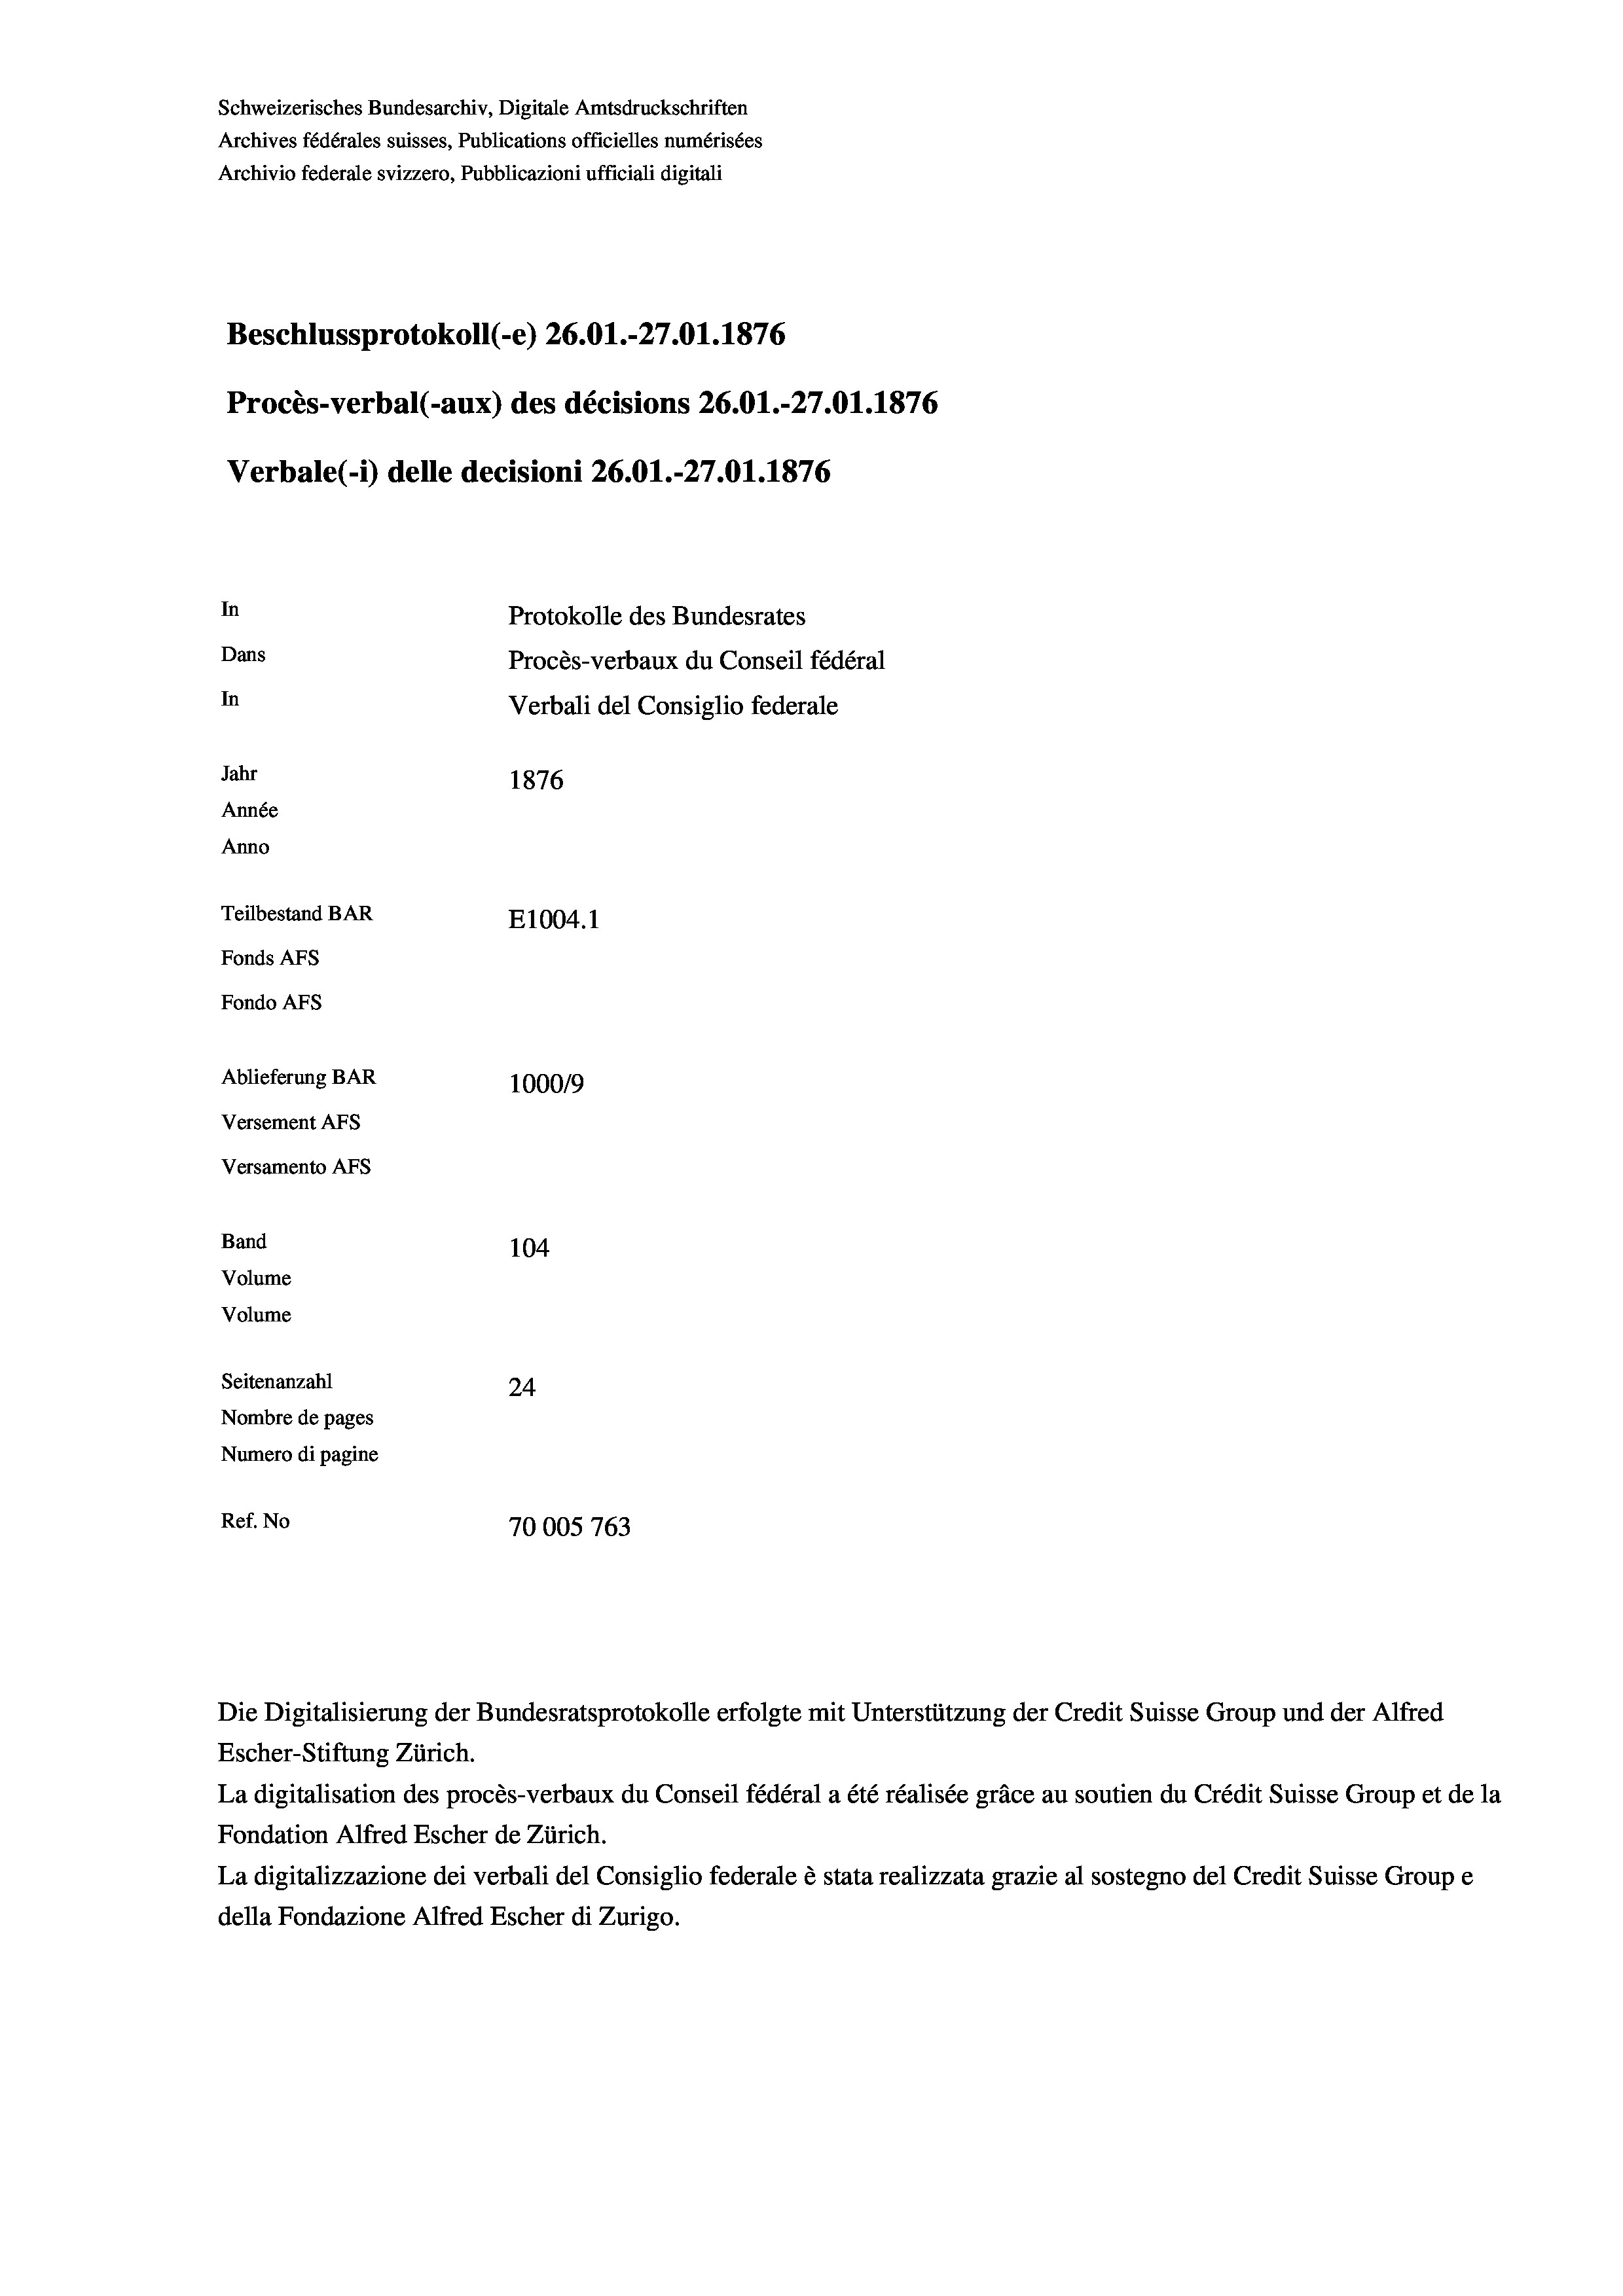
Schweizerisches Bundesarchiv, Digitale Amtsdruckschriften
Archives fédérales suisses, Publications officielles numérisées
Archivio federale svizzero, Pubblicazioni ufficiali digitali
Beschlussprotokoll (-e) 26.01.-27.01. 1876
Procès-verbal (-aux) des décisions 26.01.-27.01.1876
Verbale (- 1) delle decisioni 26.01.-27.01. 1876
In
Protokolle des Bundesrates
Dans
Procès-verbaux du Conseil fédéral
In
Verbali del Consiglio federale
Jahr
1876
Année
Anno
Teilbestand BAR
E1004.1
Fonds AFs
Fondo Afs
Ablieferung BAR
100019
Versement AFs
Versamento Afs
Band
104
Volume
Volume

Seitenanzahl
24
Nombre de pages
Numero di pagine
Ref. No
70005 763

Escher-Stiftung Zürich.
La digitalisation des procès-verbaux du Conseil fédéral a été réalisée gräce au soutien du Crédit Suisse Group et de la
Fondation Alfred Escher de Zürich.
La digitalizzazione dei verbali del Consiglio federale è stata realizzata grazie al sostegno del Credit Suisse Groupe
della Fondazione Alfred Escher di Zurigo.

Die Digitalisierung der Bundesratsprotokolle erfolgte mit Unterstützung der Credit Suisse Group und der Alfred